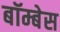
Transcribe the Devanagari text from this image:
बॉम्बेस